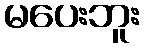
မပေးဘူး